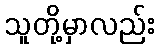
သူတို့မှာလည်း